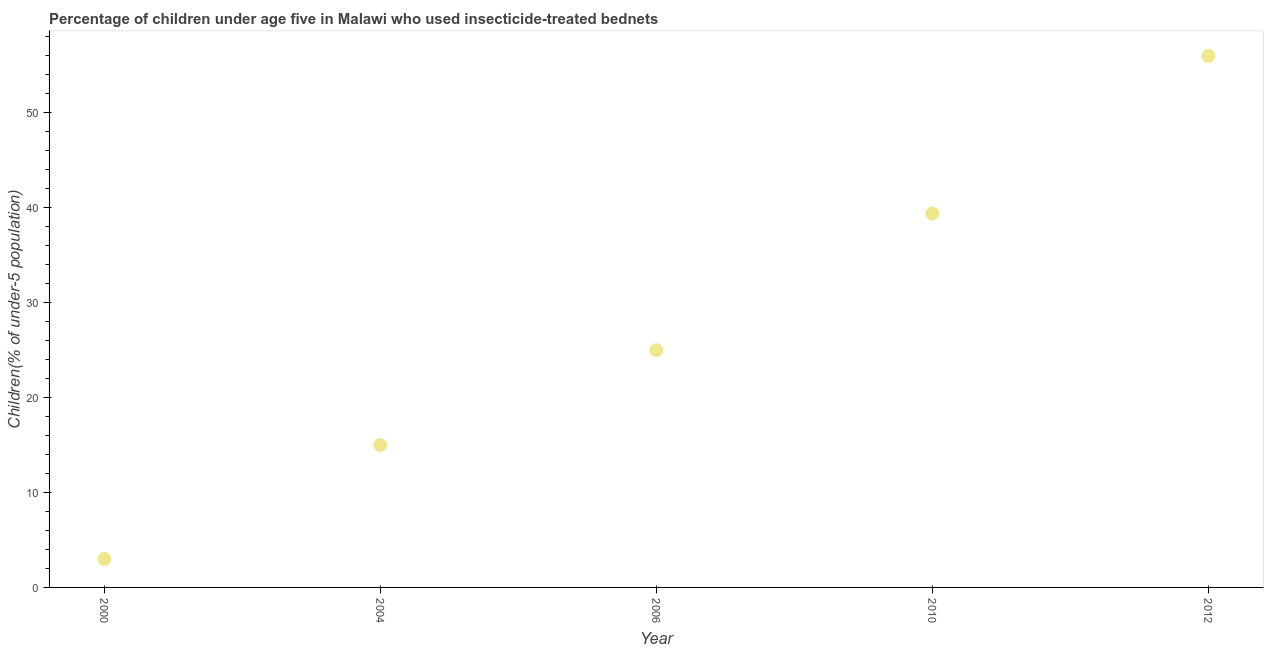
| Year | Use of insecticide-treated bed nets (% of under-5 population) |
 | --- | --- |
 | 2000 | 3 |
 | 2004 | 15 |
 | 2006 | 25 |
 | 2010 | 39.4 |
 | 2012 | 56 |